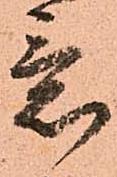
意